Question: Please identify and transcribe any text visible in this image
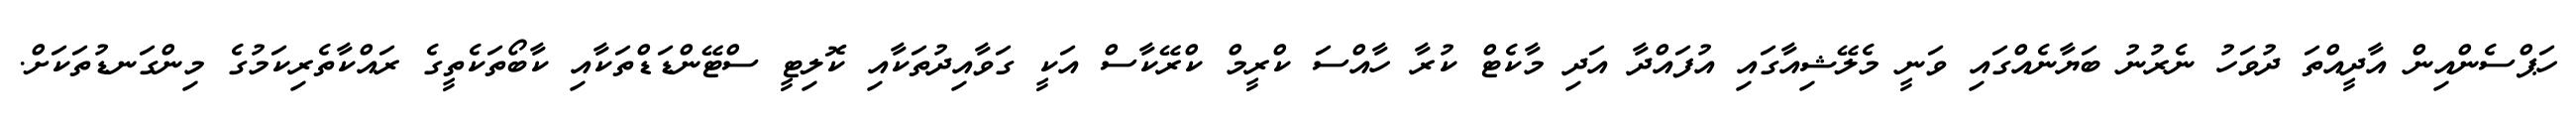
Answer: ހަޕްސެންއިން އާދީއްތަ ދުވަހު ނެރުނު ބަޔާނެއްގައި ވަނީ މެލޭޝިއާގައި އުފައްދާ އަދި މާކެޓް ކުރާ ހާއްސަ ކްރީމް ކްރޭކާސް އަކީ ގަވާއިދުތަކާއި ކޮލިޓީ ސްޓޭންޑަޑްތަކާއި ކާބޯތަކެތީގެ ރައްކާތެރިކަމުގެ މިންގަނޑުތަކަށް.